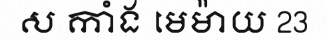
ស កាំង មេម៉ាយ 23